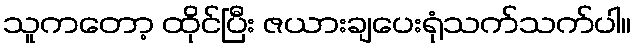
သူကတော့ ထိုင်ပြီး ဇယားချပေးရုံသက်သက်ပါ။